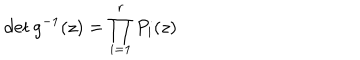
\det g ^ { - 1 } ( z ) = \prod _ { i = 1 } ^ { r } P _ { i } ( z )